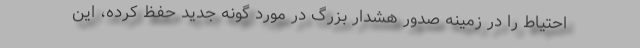
احتیاط را در زمینه صدور هشدار بزرگ در مورد گونه جدید حفظ کرده، این